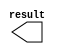
module lpm_constant2 (
	result);

	output	[2:0]  result;

endmodule